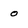
Character: o